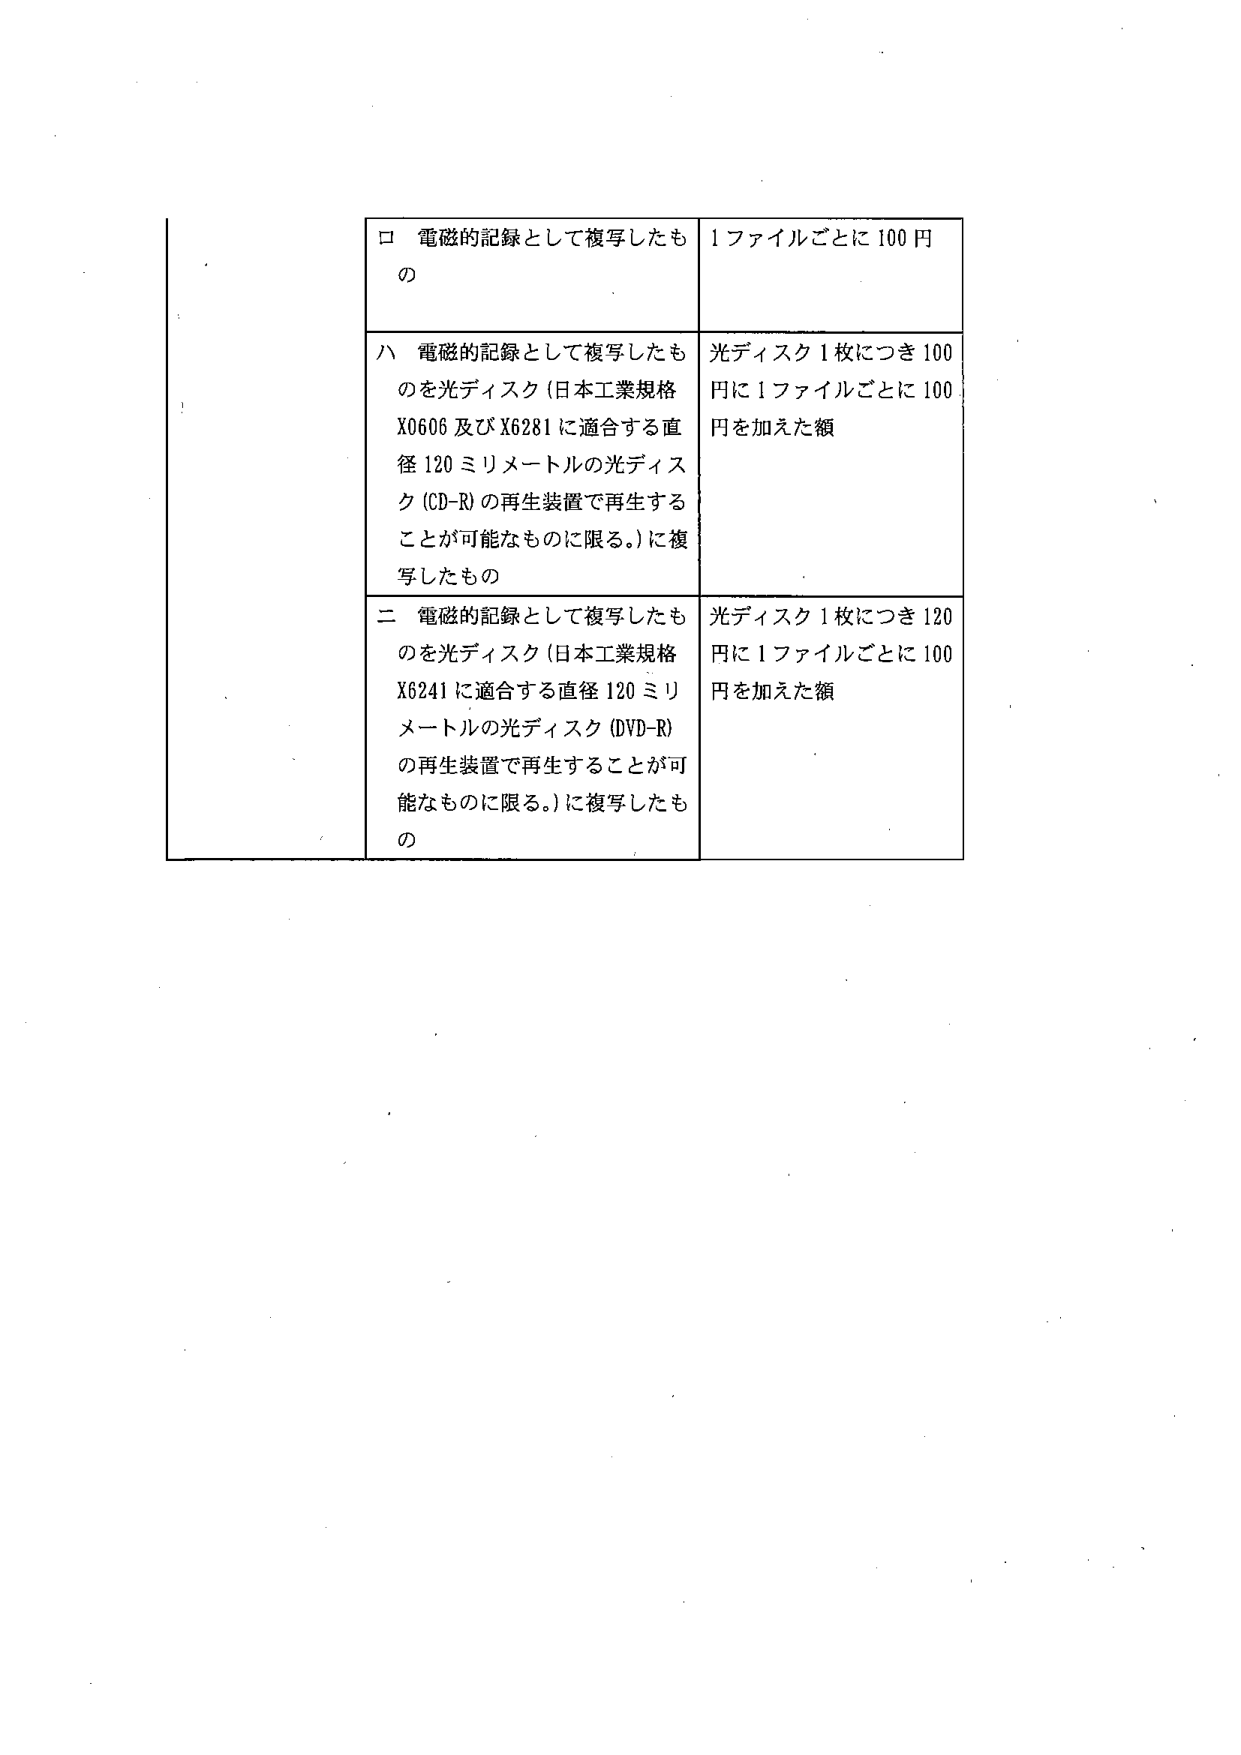
ロ 電磁的記録として複写したもの
1ファイルごとに100円

ハ 電磁的記録として複写したもの
を光ディスク（日本工業規格
X606及びX6281に適合する直径120ミリメートルの光ディスク（CD-R）の再生装置で再生することが可能なものに限る。）に複写したもの
光ディスク1枚につき100円に1ファイルごとに100円を加えた額

二 電磁的記録として複写したもの
を光ディスク（日本工業規格
X6241に適合する直径120ミリメートルの光ディスク（DVD-R）の再生装置で再生することが可能なものに限る。）に複写したもの
光ディスク1枚につき120円に1ファイルごとに100円を加えた額